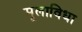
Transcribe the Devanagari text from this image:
मूलाविधा